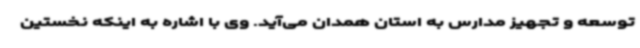
توسعه و تجهیز مدارس به استان همدان می‌آید. وی با اشاره به اینکه نخستین